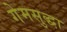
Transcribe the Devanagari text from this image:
गेमसुद्धा